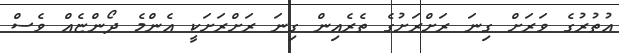
އުތުރުގެ ވަރަށް ގިނަ ރަށްރަށުގެ ތެރެއިން ގިނަ ރަށްރަށަކީ އެންމެ ދޯންޏެއް ވެސް